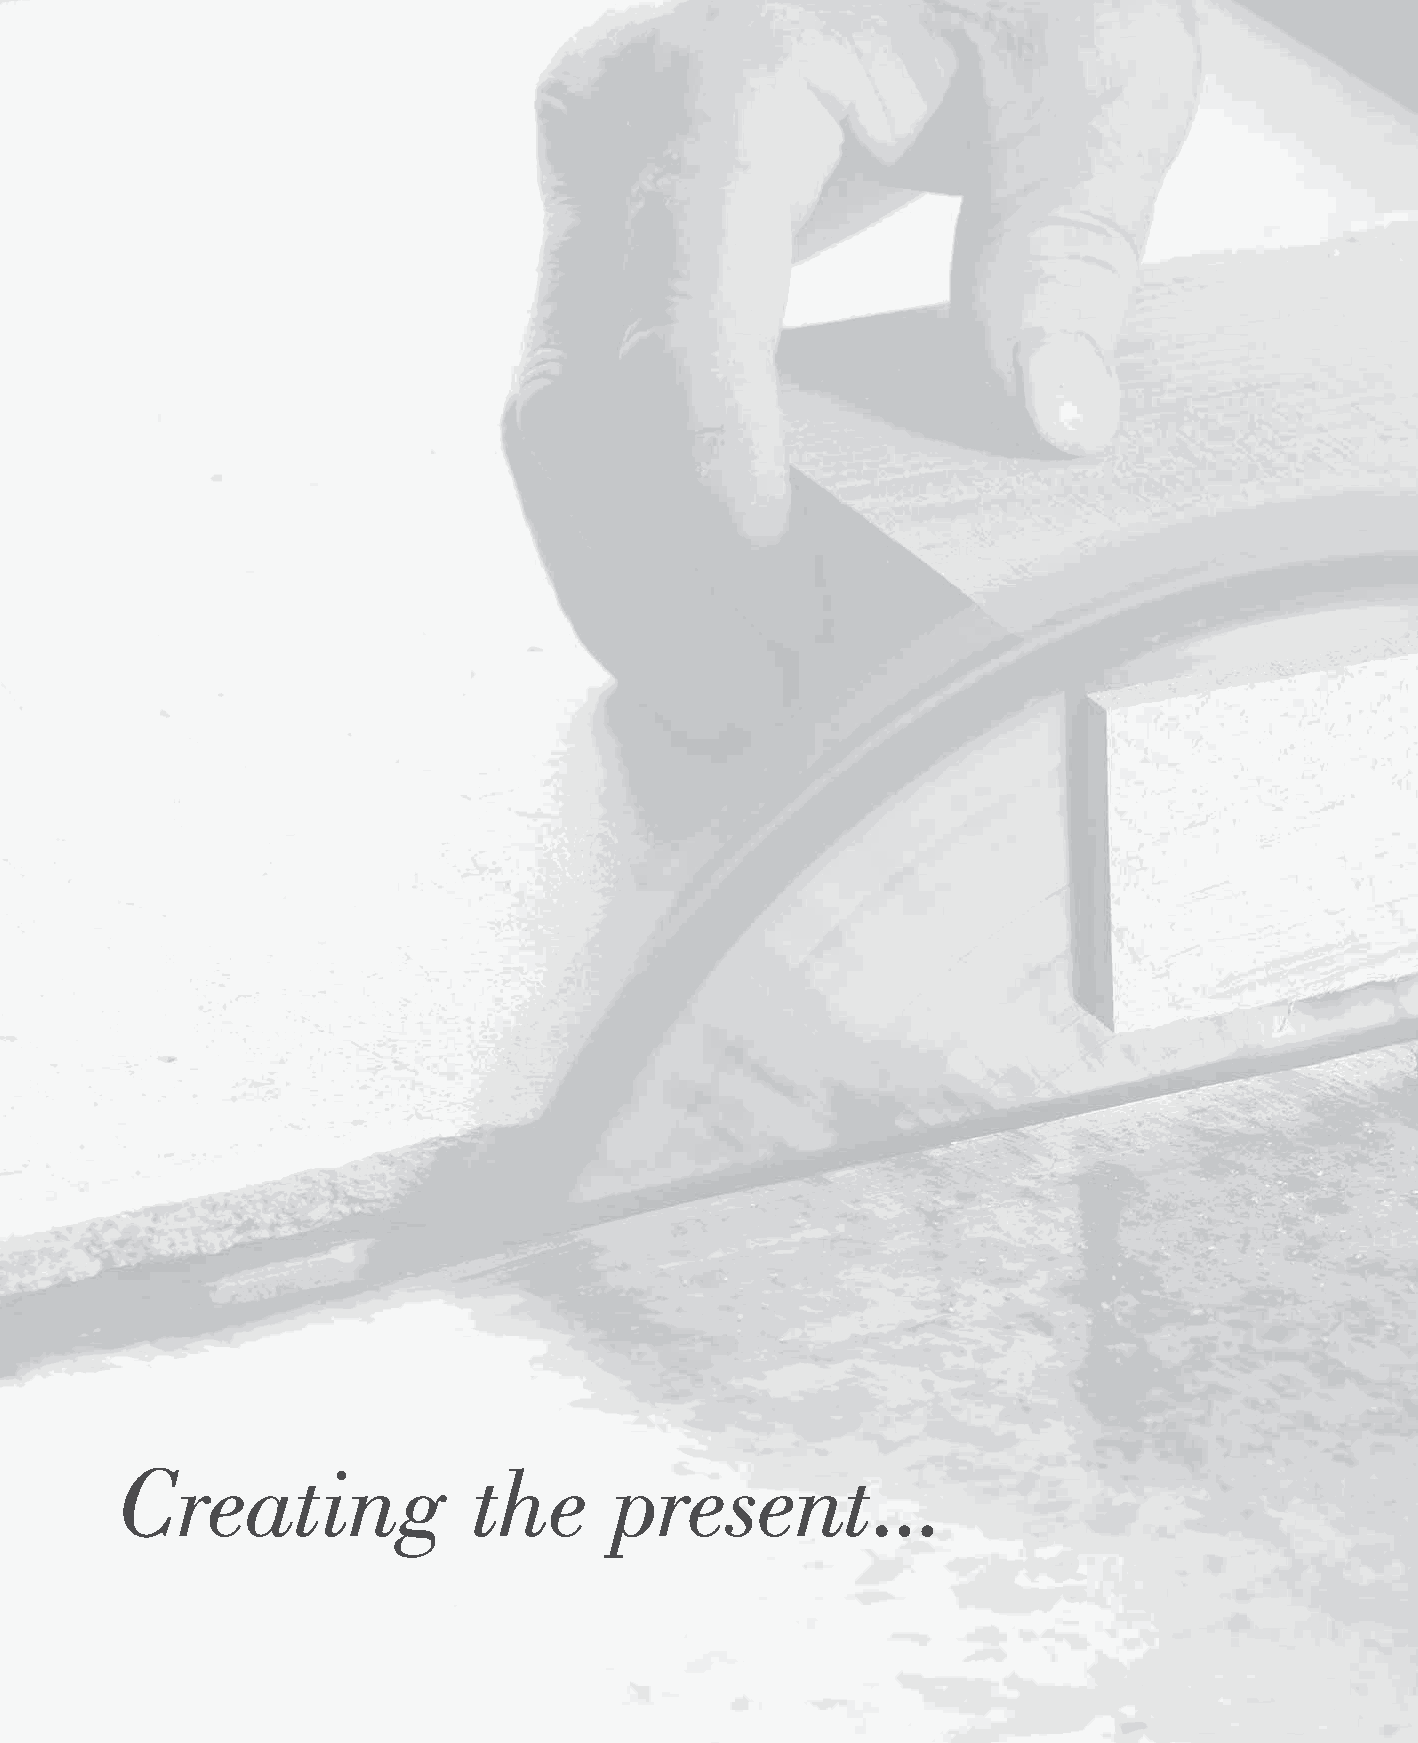
Creating               the       present...